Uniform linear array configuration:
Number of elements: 32
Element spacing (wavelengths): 1
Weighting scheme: uniform
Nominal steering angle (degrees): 30
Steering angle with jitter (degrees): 29.047
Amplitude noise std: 0.05
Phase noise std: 0.05

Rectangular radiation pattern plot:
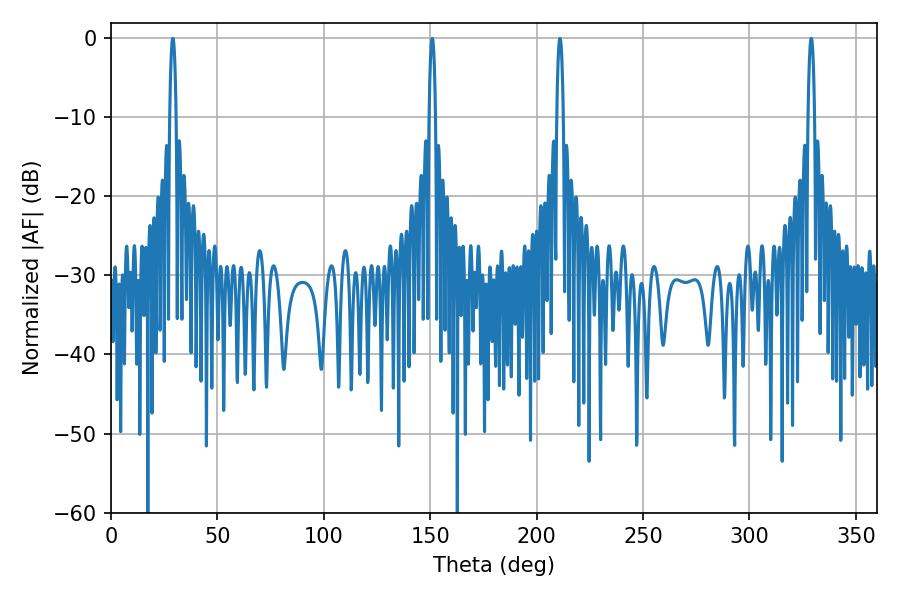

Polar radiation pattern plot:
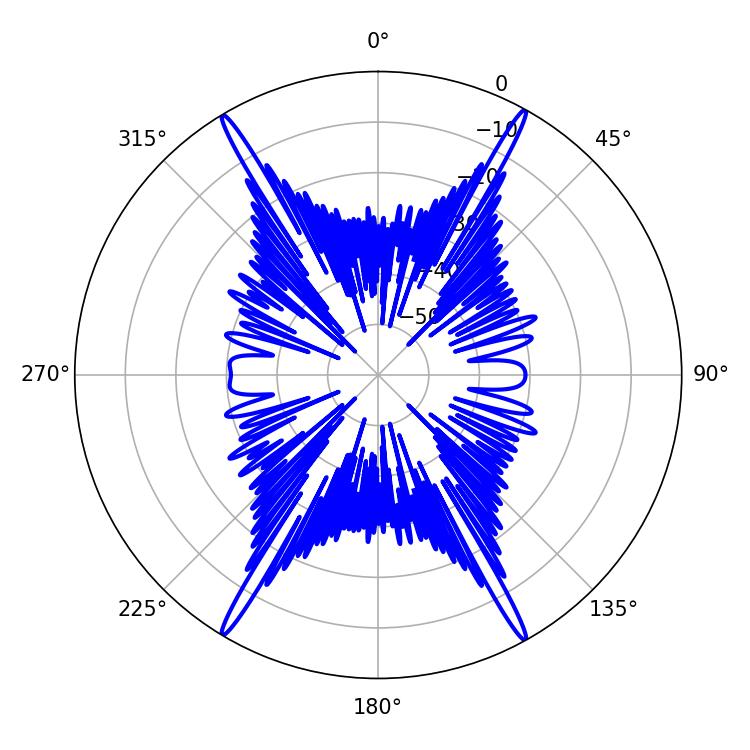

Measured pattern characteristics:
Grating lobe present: TRUE
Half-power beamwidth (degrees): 1.8
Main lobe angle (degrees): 329.04